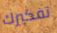
تفكيرك